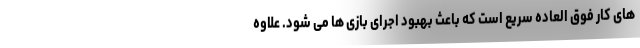
های کار فوق العاده سریع است که باعث بهبود اجرای بازی ها می شود. علاوه